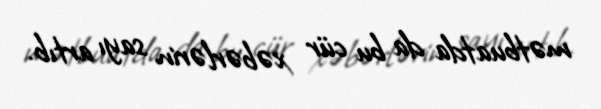
mətbuatda da bu cür xəbərlərin sayı artıb.